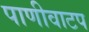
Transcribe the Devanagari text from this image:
पाणीवाटप